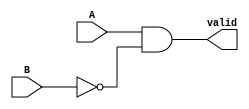
module grover_compare(A, B, valid);
    input A, B;
    output valid;
    assign valid = A & (~B);
endmodule